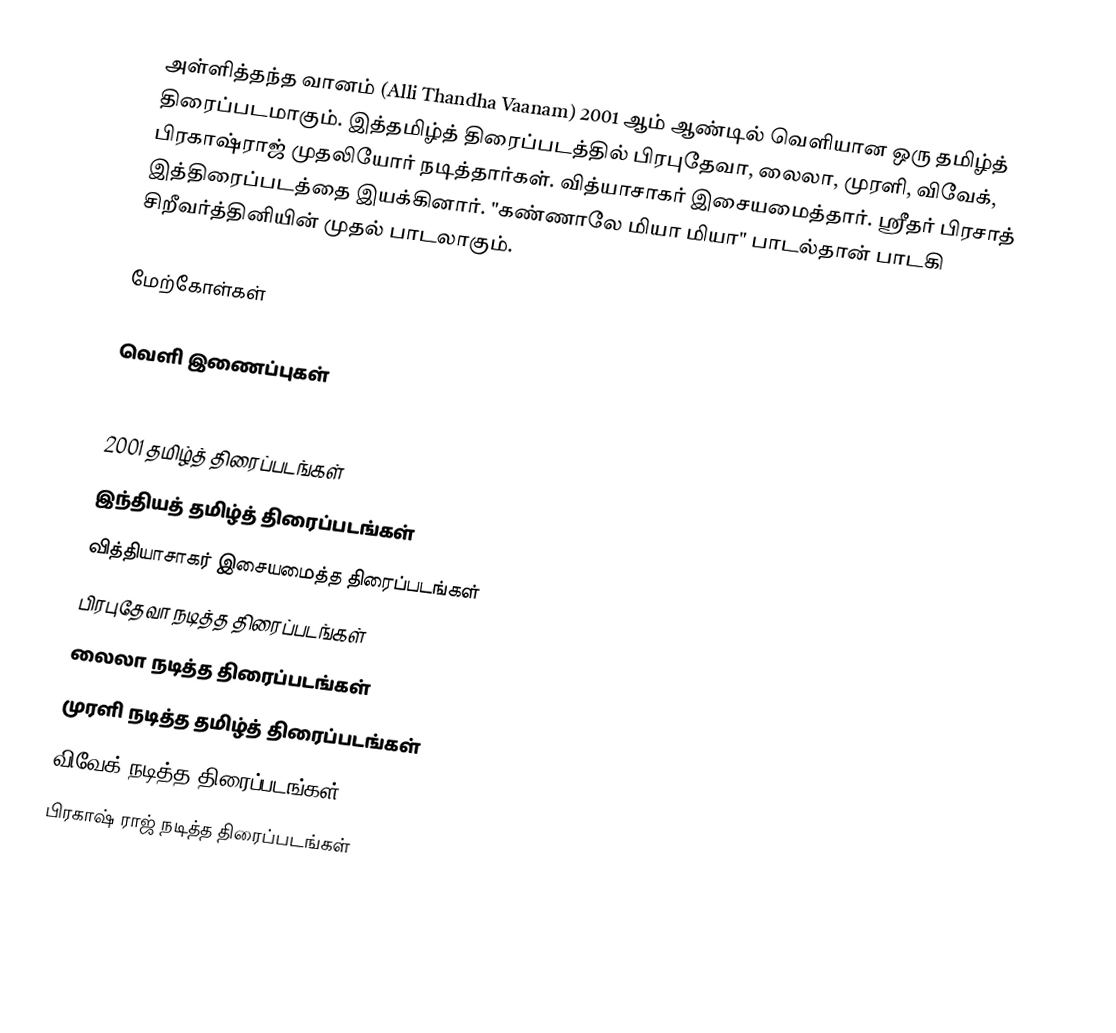
அள்ளித்தந்த வானம் (Alli Thandha Vaanam) 2001 ஆம் ஆண்டில்  வெளியான ஒரு தமிழ்த் திரைப்படமாகும். இத்தமிழ்த் திரைப்படத்தில் பிரபுதேவா, லைலா, முரளி, விவேக், பிரகாஷ்ராஜ் முதலியோர் நடித்தார்கள். வித்யாசாகர் இசையமைத்தார். ஸ்ரீதர் பிரசாத் இத்திரைப்படத்தை இயக்கினார். "கண்ணாலே மியா மியா" பாடல்தான் பாடகி சிறீவர்த்தினியின் முதல் பாடலாகும்.

மேற்கோள்கள்

வெளி இணைப்புகள்

2001 தமிழ்த் திரைப்படங்கள்
இந்தியத் தமிழ்த் திரைப்படங்கள்
வித்தியாசாகர் இசையமைத்த திரைப்படங்கள்
பிரபுதேவா நடித்த திரைப்படங்கள்
லைலா நடித்த திரைப்படங்கள்
முரளி நடித்த தமிழ்த் திரைப்படங்கள்
விவேக் நடித்த திரைப்படங்கள்
பிரகாஷ் ராஜ் நடித்த திரைப்படங்கள்